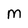
Character: M